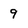
Character: 9